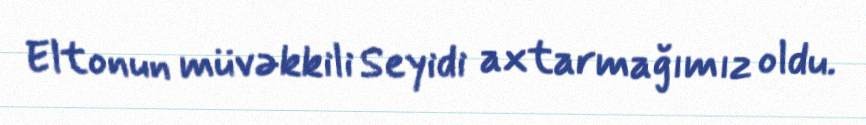
Eltonun müvəkkili Seyidi axtarmağımız oldu.